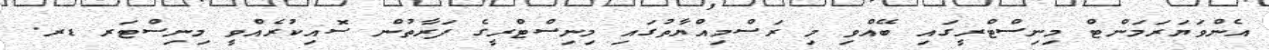
އެންވަޔަރަމަންޓް މިނިސްޓްރީގައި ބޭއްވި މި ރަސްމިއްޔާތުގައި މިނިސްޓްރީގެ ފަރާތުން ސޮއިކުރެއްވީ މިނިސްޓަރ ޑރ.